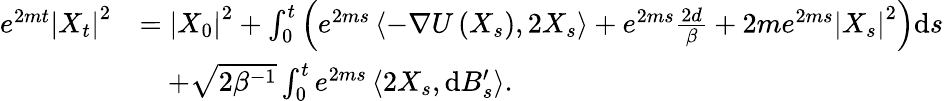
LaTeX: \begin{array}{rl}{e^{2mt}\left|X_{t}\right|^{2}}&{=\left|X_{0}\right|^{2}+\int_{0}^{t}\left(e^{2ms}\left\langle-\nabla U\left(X_{s}\right),2X_{s}\right\rangle+e^{2ms}\frac{2d}{\beta}+2me^{2ms}\left|X_{s}\right|^{2}\right)\mathrm{d}s}\\ &{\quad+\sqrt{2\beta^{-1}}\int_{0}^{t}e^{2ms}\left\langle 2X_{s},\mathrm{d}B_{s}^{\prime}\right\rangle.}\end{array}